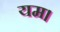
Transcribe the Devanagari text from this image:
यम।